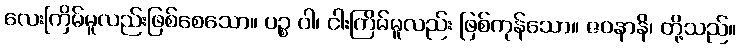
လေးကြိမ်မူလည်းဖြစ်စေသော။ ပဉ္စ ဝါ၊ ငါးကြိမ်မူလည်း ဖြစ်ကုန်သော။ ဇဝနာနိ၊ တို့သည်။